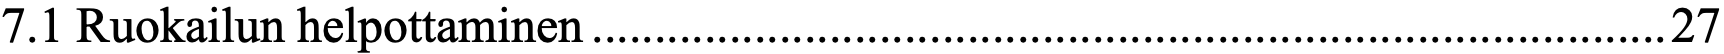
7.1 Ruokailun helpottaminen ...................................................................................... 27